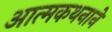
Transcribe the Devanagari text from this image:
आत्मकथनाने